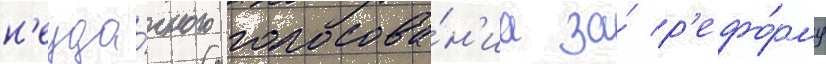
н'еуда́чного голосова́н'иа за́ р'ефо́рму